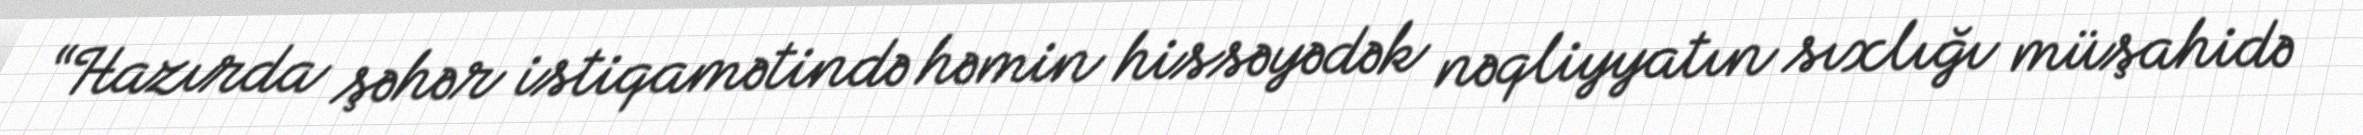
“Hazırda şəhər istiqamətində həmin hissəyədək nəqliyyatın sıxlığı müşahidə